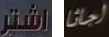
اشتر اجاثا